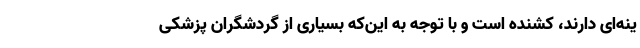
ینه‌ای دارند، کشنده است و با توجه به این‌که بسیاری از گردشگران پزشکی